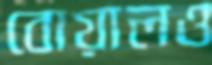
বোয়ালও